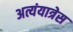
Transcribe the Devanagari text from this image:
अत्यंयात्रेस